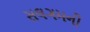
સલગમની